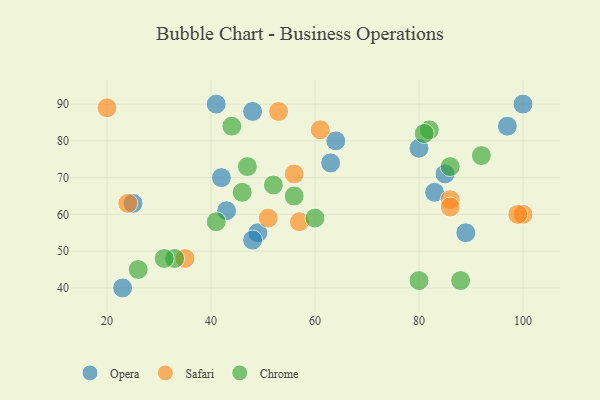
{"axis": {"x": "GDP", "y": "Life Expectancy"}, "legend": ["Chrome", "Opera", "Safari"], "data": [{"x": "64", "y": 80, "type": "Opera"}, {"x": "41", "y": 90, "type": "Opera"}, {"x": "25", "y": 63, "type": "Opera"}, {"x": "42", "y": 70, "type": "Opera"}, {"x": "85", "y": 71, "type": "Opera"}, {"x": "23", "y": 40, "type": "Opera"}, {"x": "80", "y": 78, "type": "Opera"}, {"x": "49", "y": 55, "type": "Opera"}, {"x": "48", "y": 53, "type": "Opera"}, {"x": "100", "y": 90, "type": "Opera"}, {"x": "63", "y": 74, "type": "Opera"}, {"x": "97", "y": 84, "type": "Opera"}, {"x": "83", "y": 66, "type": "Opera"}, {"x": "43", "y": 61, "type": "Opera"}, {"x": "48", "y": 88, "type": "Opera"}, {"x": "89", "y": 55, "type": "Opera"}, {"x": "51", "y": 59, "type": "Safari"}, {"x": "86", "y": 64, "type": "Safari"}, {"x": "35", "y": 48, "type": "Safari"}, {"x": "20", "y": 89, "type": "Safari"}, {"x": "100", "y": 60, "type": "Safari"}, {"x": "61", "y": 83, "type": "Safari"}, {"x": "24", "y": 63, "type": "Safari"}, {"x": "86", "y": 62, "type": "Safari"}, {"x": "99", "y": 60, "type": "Safari"}, {"x": "56", "y": 71, "type": "Safari"}, {"x": "53", "y": 88, "type": "Safari"}, {"x": "57", "y": 58, "type": "Safari"}, {"x": "56", "y": 65, "type": "Chrome"}, {"x": "80", "y": 42, "type": "Chrome"}, {"x": "86", "y": 73, "type": "Chrome"}, {"x": "52", "y": 68, "type": "Chrome"}, {"x": "46", "y": 66, "type": "Chrome"}, {"x": "26", "y": 45, "type": "Chrome"}, {"x": "47", "y": 73, "type": "Chrome"}, {"x": "82", "y": 83, "type": "Chrome"}, {"x": "33", "y": 48, "type": "Chrome"}, {"x": "81", "y": 82, "type": "Chrome"}, {"x": "92", "y": 76, "type": "Chrome"}, {"x": "41", "y": 58, "type": "Chrome"}, {"x": "60", "y": 59, "type": "Chrome"}, {"x": "44", "y": 84, "type": "Chrome"}, {"x": "31", "y": 48, "type": "Chrome"}, {"x": "88", "y": 42, "type": "Chrome"}]}